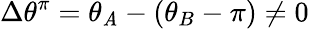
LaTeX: \Delta\theta^{\pi}=\theta_{\mathit{A}}-(\theta_{B}-\pi)\neq0